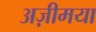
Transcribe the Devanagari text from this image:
अज़ीमया